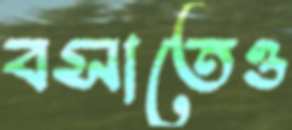
বসাতেও